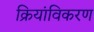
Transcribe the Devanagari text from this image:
क्रियांविकरण